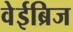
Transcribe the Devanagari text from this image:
वेईब्रिज